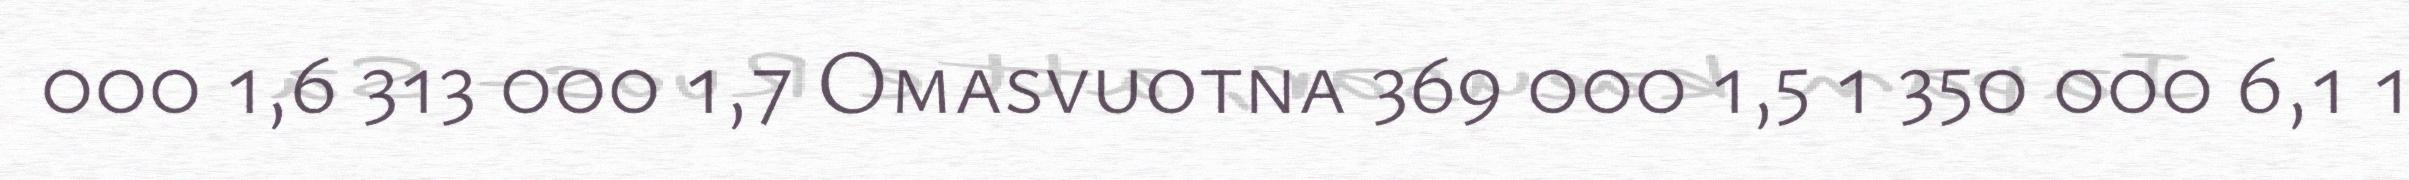
000 1,6 313 000 1,7 Omasvuotna 369 000 1,5 1 350 000 6,1 1